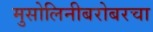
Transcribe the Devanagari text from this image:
मुसोलिनीबरोबरचा